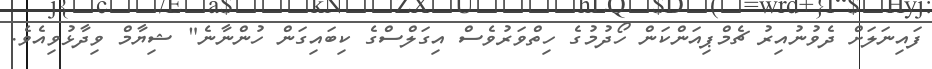
ފައިނަލަށް ދެވުނުއިރު ޗެމްޕިއަންކަން ހޯދުމުގެ ހިތްވަރުވެސް އިގަލްސްގެ ކިބައިގަން ހުންނާނެ" ޝިޔާމް ވިދާޅުވިއެވެ.